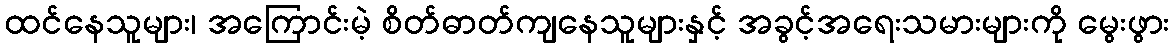
ထင်နေသူများ၊ အကြောင်းမဲ့ စိတ်ဓာတ်ကျနေသူများနှင့် အခွင့်အရေးသမားများကို မွေးဖွား